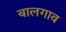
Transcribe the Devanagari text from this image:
बालगाव